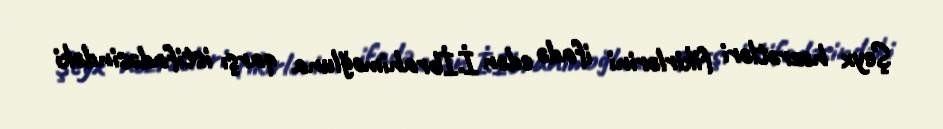
Şeyx həzrətləri fikirlərini ifadə edən İ.İbrahimoğluna qarşı istifadəsindəki